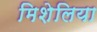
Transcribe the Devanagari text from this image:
मिशेलिया